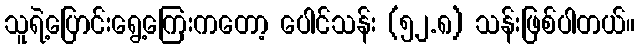
သူရဲ့ပြောင်းရွေ့ကြေးကတော့ ပေါင်သန်း (၅၂.၈) သန်းဖြစ်ပါတယ်။